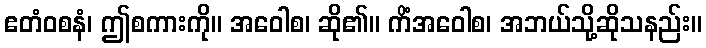
ဧတံဝစနံ၊ ဤစကားကို။ အဝေါစ၊ ဆို၏။ ကိံအဝေါစ၊ အဘယ်သို့ဆိုသနည်း။